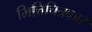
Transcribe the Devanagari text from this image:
भित्तिचित्रकार